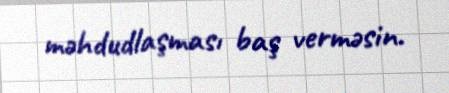
məhdudlaşması baş verməsin.